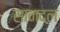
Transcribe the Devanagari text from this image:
सानदल